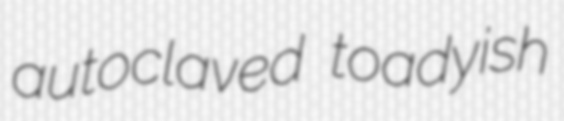
autoclaved toadyish